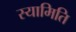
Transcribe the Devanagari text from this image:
स्यामिति